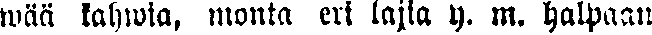
wää kahwia, monta eri lajia y. m. halpaan